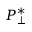
P _ { \perp } ^ { * }